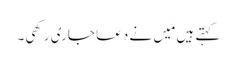
کہتے ہیں مَیں نے دعا جاری رکھی۔